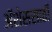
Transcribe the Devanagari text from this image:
ॲशेससाठी